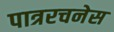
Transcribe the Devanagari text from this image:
पात्ररचनेस